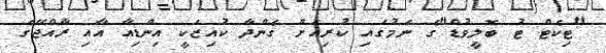
"ޓިކެޓް ޓު ބޮލީވުޑް"ގެ ނަމުގައި ކުރިއަށް ގެންދާ ކުއިޒަކީ އިންޑިއާ އާއި ރާއްޖޭގެ